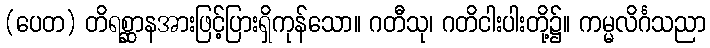
(ပေတ) တိရစ္ဆာနအားဖြင့်ပြားရှိကုန်သော။ ဂတီသု၊ ဂတိငါးပါးတို့၌။ ကမ္မလိင်္ဂသညာ